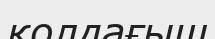
қолдағыш